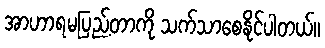
အာဟာရမပြည့်တာကို သက်သာစေနိုင်ပါတယ်။